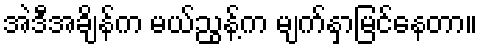
အဲဒီအချိန်က မယ်ညွန့်က မျက်နှာမြင်နေတာ။